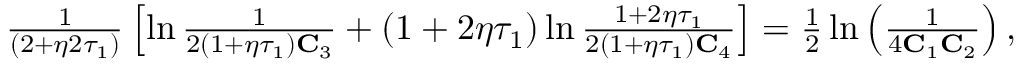
\begin{array} { r } { \frac { 1 } { ( 2 + \eta 2 \tau _ { 1 } ) } \left[ \ln \frac { 1 } { 2 ( 1 + \eta \tau _ { 1 } ) \mathbf { C } _ { 3 } } + ( 1 + 2 \eta \tau _ { 1 } ) \ln \frac { 1 + 2 \eta \tau _ { 1 } } { 2 ( 1 + \eta \tau _ { 1 } ) \mathbf { C } _ { 4 } } \right] = \frac { 1 } { 2 } \ln \left( \frac { 1 } { 4 \mathbf { C } _ { 1 } \mathbf { C } _ { 2 } } \right) , } \end{array}